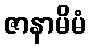
ဇာနာမိမံ